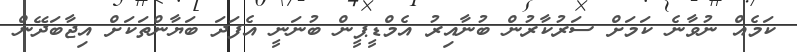
ކަމެއް ނުވާނެ ކަމަށް ސަރުކާރުން ބުނާއިރު އެމްޑީޕީން ބުނަނީ އެފަދަ ބަޔާންތަކަށް އިޖާބަދޭން